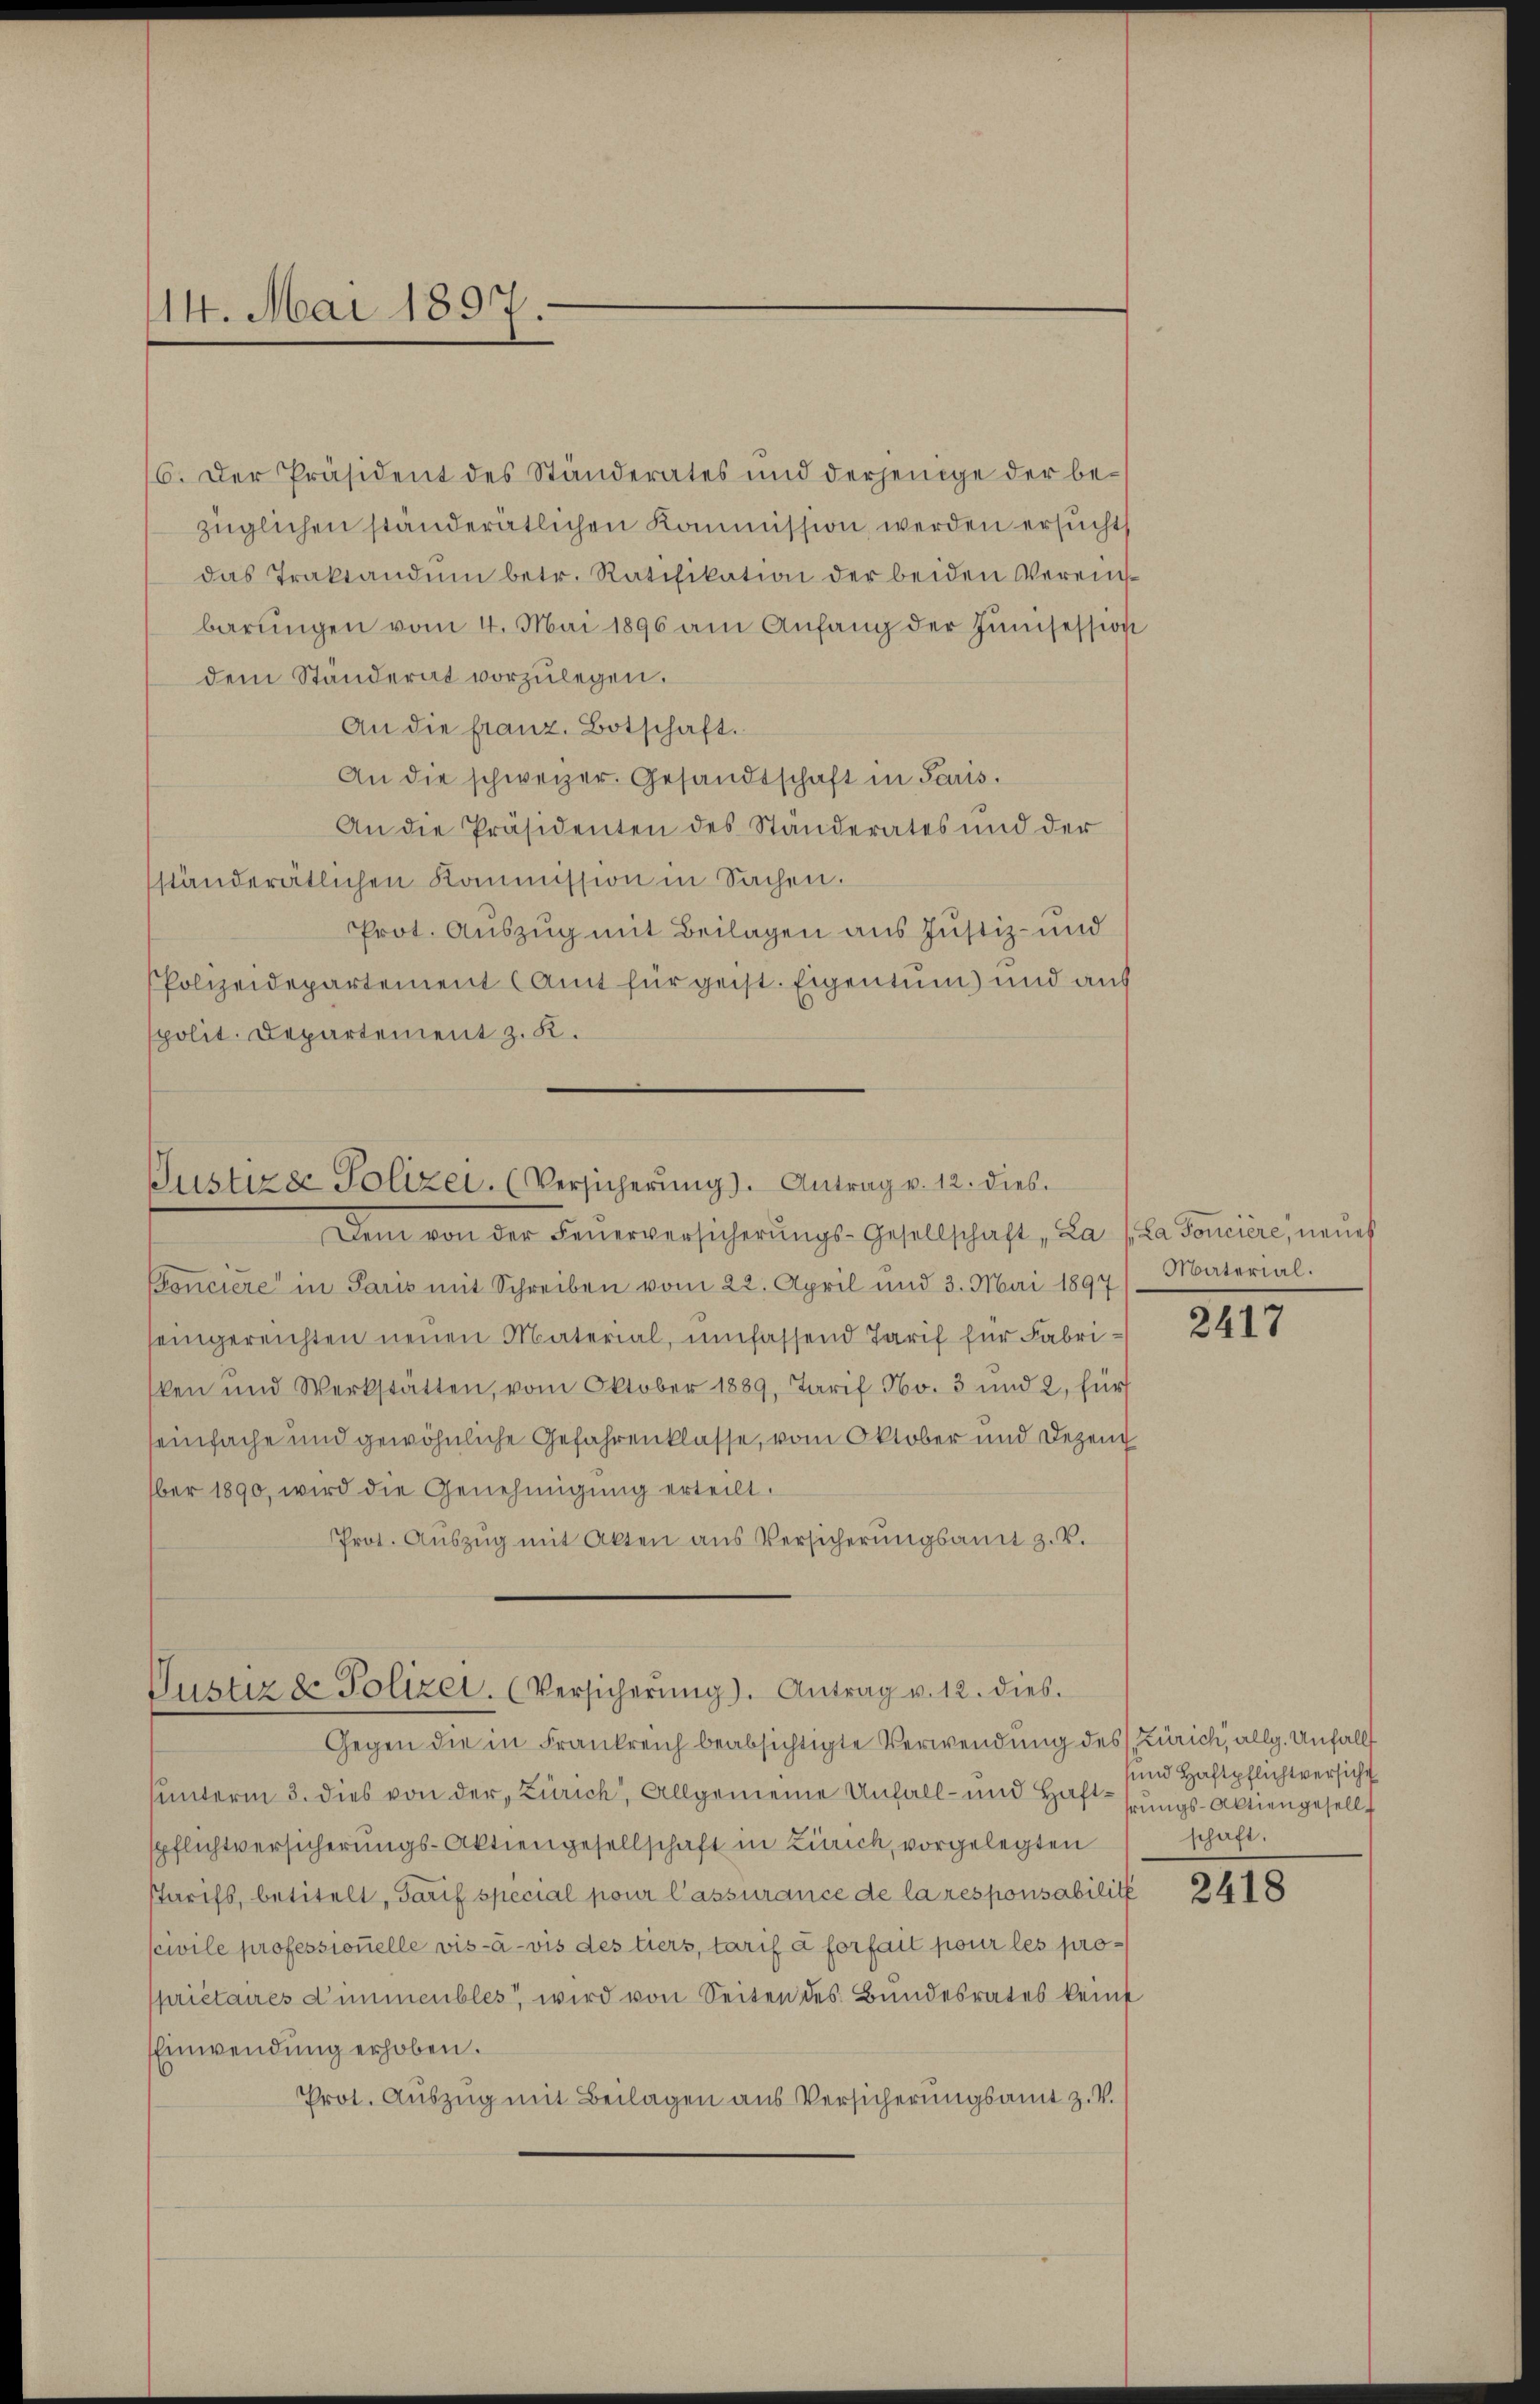
14. Mai 1897.

16. Der Präsident des Ständerates und derjenige der bezüglichen ständerätlichen Kommission werden ersucht
das Traktandŭm betr. Ratifikation der beiden Vereinsbarŭngen vom 4. Mai 1896 am Anfang der Junisession
dem Ständerat vorzŭlegen.
An die franz. Botschaft.
An die schweizer. Gesandtschaft in Paris.
An die Präsidenten des Ständerates und der
ständerätlichen Kommission in Sachen.
Prot. Auszug mit Beilagen aus Justiz- und
PPolizeidepartement (Amt für geist. Eigentum und aus
spolit. Departement z. K.

Dem von der Feŭerversicherŭngs-Gesellschaft „La 1. La donciere, neues
Concière in Paris mit Schreiben vom 22. April und 3. Mai 1897
seingereichten neuen Material, umfassend Tarif für Fabriken und Werkstätten, vom Oktober 1889, Tarif No. 3 und 2, für
seinfache und gewöhnliche Gefahrenklasse, vom Oktober und Dezend
ber 1890, wird die Genehmigŭng erteilt.
Prot. Aŭszŭg mit Akten aus Versicherŭngsamt z. V.

Justizer Polizei. (Versicherŭng). Antrag v. 12. dies.

Justiz & Polizei. (Versicherŭng). Antrag v. 12. dies

Gegen die in Frankreich beabsichtigte Verwendung des Zürich, allg. Unfällt
hunterm 3. dies von der, Zürich, Allgemeine Unfall- und Haftungs-Aktiengesellt
spflichtversicherungs-Aktiengesellschaft in Zürich, vorgelegten
starifs, betitelt, Tarif special pour l’assurance de la responsabilit
scivile professionelle vis-à-vis des tiers, tarif à forfait pour les propriétaires d’immeubles, wird von Seiten des Bundesrates keine
Einwendung erhoben.
Prot. Auszug mit Beilagen aus Versicherungsamt z. V.

Material.

2417

und Haftpflichtversicht
schaft.

2418